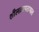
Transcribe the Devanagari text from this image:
शीलव्रतपराभास